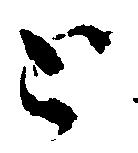
と